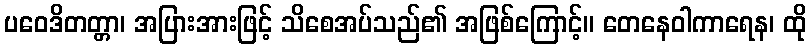
ပဝေဒိတတ္တာ၊ အပြားအားဖြင့် သိစေအပ်သည်၏ အဖြစ်ကြောင့်။ တေနေဝါကာရေန၊ ထို